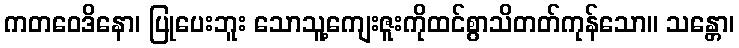
ကတဝေဒိနော၊ ပြုပေးဘူး သောသူ့ကျေးဇူးကိုထင်စွာသိတတ်ကုန်သော။ သန္တော၊